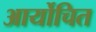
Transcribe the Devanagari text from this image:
आर्योचित